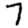
Digit: 7